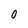
Character: 0